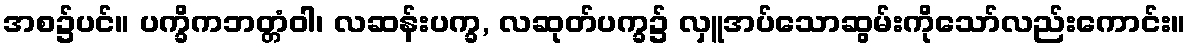
အစ၌ပင်။ ပက္ခိကဘတ္တံဝါ၊ လဆန်းပက္ခ, လဆုတ်ပက္ခ၌ လှူအပ်သောဆွမ်းကိုသော်လည်းကောင်း။